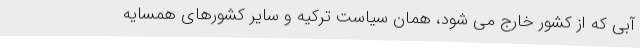
آبی که از کشور خارج می شود، همان سیاست ترکیه و سایر کشورهای همسایه